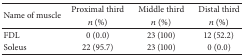
<table><thead><tr><td rowspan="2"><b>Name of muscle</b></td><td><b>Proximal third</b></td><td><b>Middle third</b></td><td><b>Distal third</b></td></tr><tr><td><b><i>n</i> (%)</b></td><td><b><i>n</i> (%)</b></td><td><b><i>n</i> (%)</b></td></tr></thead><tbody><tr><td>FDL</td><td>0 (0.0)</td><td>23 (100)</td><td>12 (52.2)</td></tr><tr><td>Soleus</td><td>22 (95.7)</td><td>23 (100)</td><td>0 (0.0)</td></tr></tbody></table>